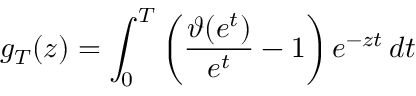
g _ { T } ( z ) = \int _ { 0 } ^ { T } \left( { \frac { \vartheta ( e ^ { t } ) } { e ^ { t } } } - 1 \right) e ^ { - z t } \, d t \quad \quad